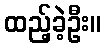
ထည့်ခဲ့ဦး။